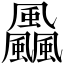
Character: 飍